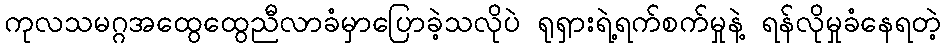
ကုလသမဂ္ဂအထွေထွေညီလာခံမှာပြောခဲ့သလိုပဲ ရုရှားရဲ့ရက်စက်မှုနဲ့ ရန်လိုမှုခံနေရတဲ့